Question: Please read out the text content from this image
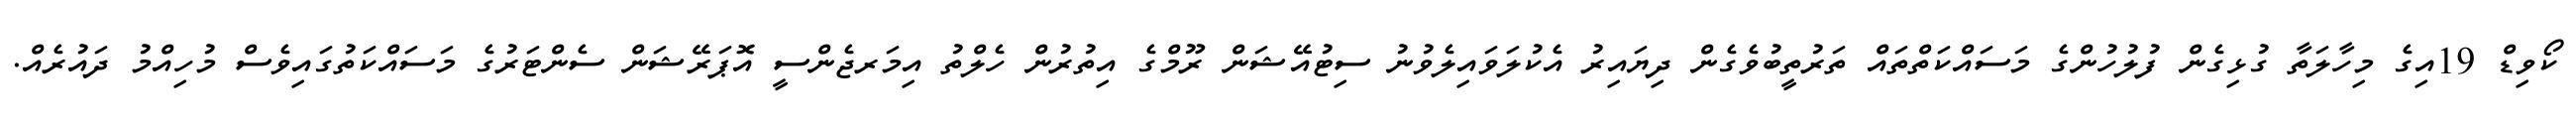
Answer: ކޯވިޑް 19އިގެ މިހާލަތާ ގުޅިގެން ފުލުހުންގެ މަސައްކަތްތައް ތަރުތީބުވެގެން ދިޔައިރު އެކުލަވައިލެވުނު ސިޓުއޭޝަން ރޫމްގެ އިތުރުން ހެލްތު އިމަރޖެންސީ އޮޕަރޭޝަން ސެންޓަރުގެ މަސައްކަތުގައިވެސް މުހިއްމު ދައުރެއް.